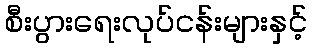
စီးပွားရေးလုပ်ငန်းများနှင့်